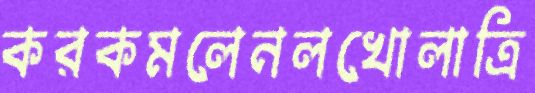
করকমলেনলখোলাত্রি